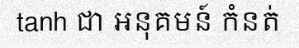
tanh ជា អនុគមន៍ កំនត់